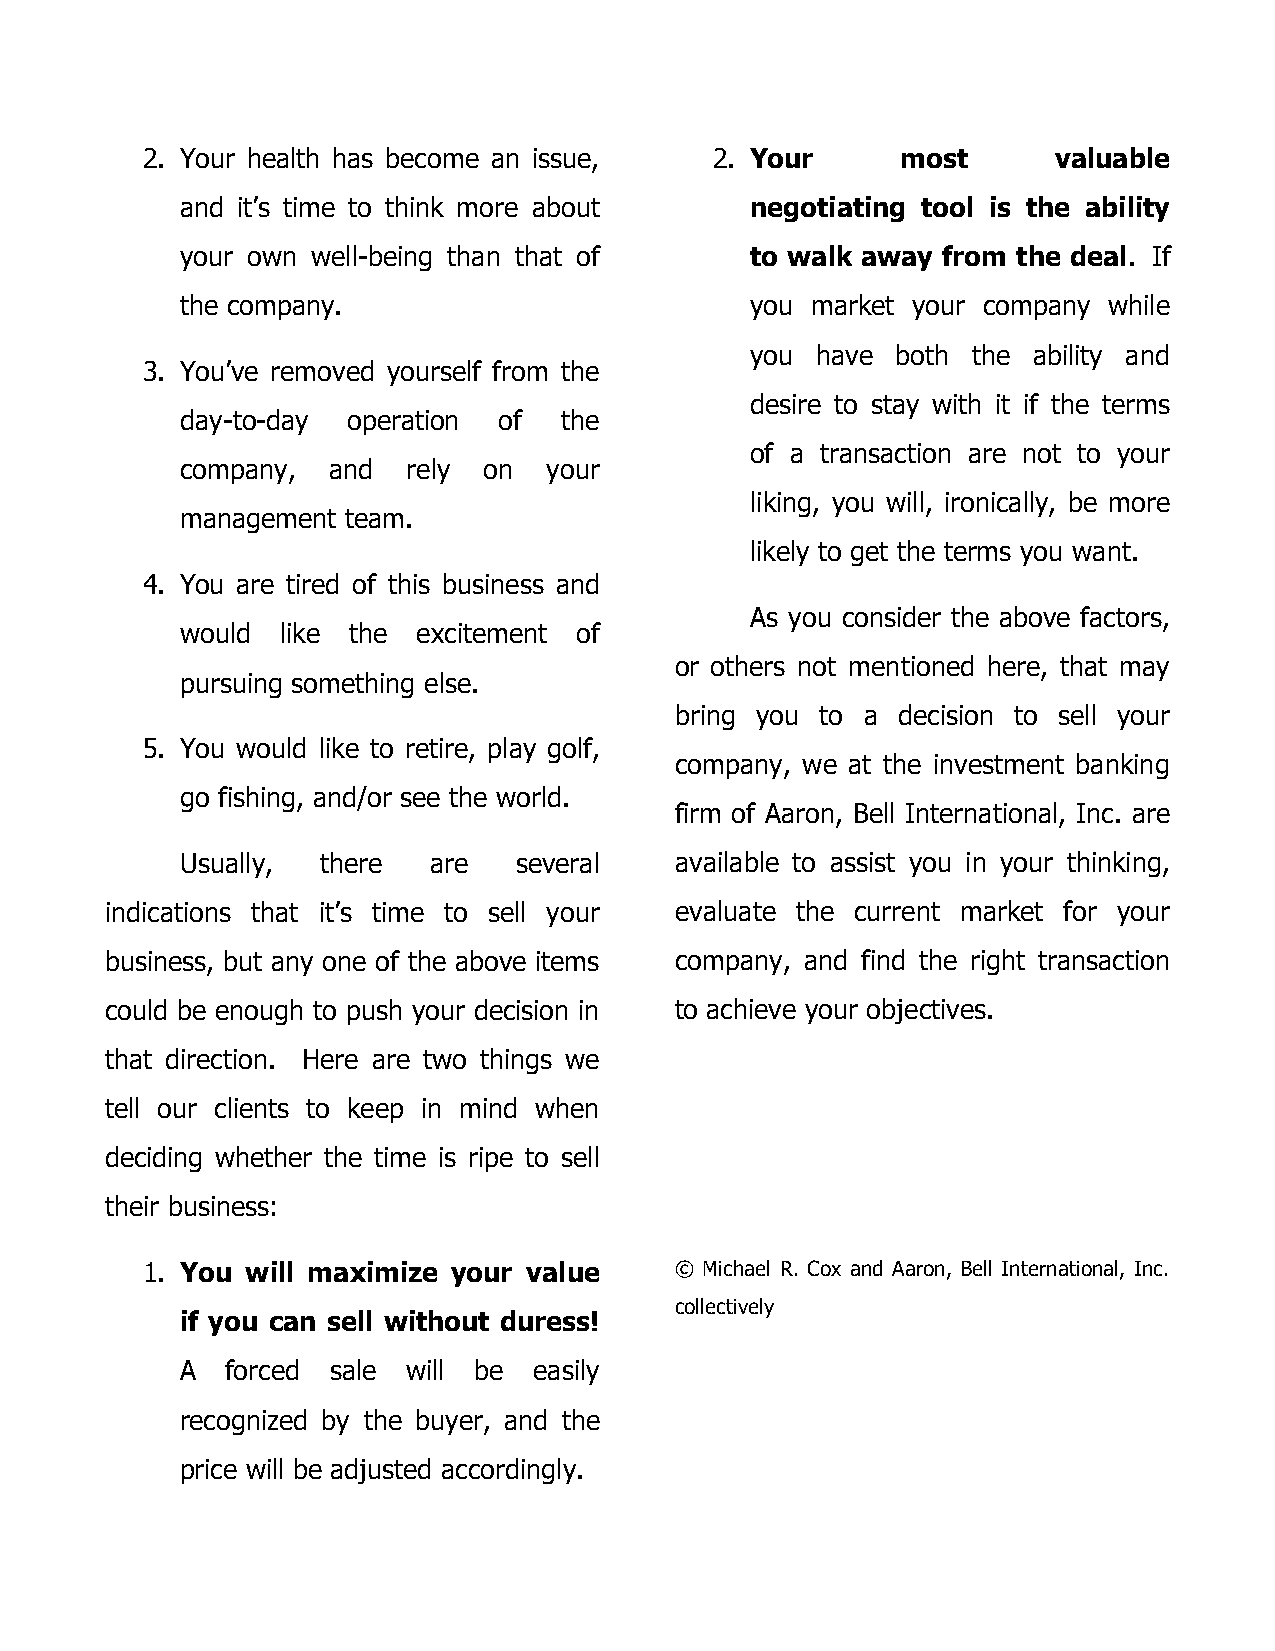
2. Your health has become an issue,   2. Your      most      valuable
 and it’s time to think more about     negotiating tool is the ability
 your own well-being than that of      to walk away from the deal. If
 the company.                          you market your company while
 you have both the ability and
 3. You’ve removed yourself from the
 desire to stay with it if the terms
 day-to-day operation of  the
 of a transaction are not to your
 company,  and  rely on  your
 liking, you will, ironically, be more
 management team.
 likely to get the terms you want.
 4. You are tired of this business and
 As you consider the above factors,
 would  like the excitement of
 or others not mentioned here, that may
 pursuing something else.
 bring you to a decision to sell your
 5. You would like to retire, play golf,
 company, we at the investment banking
 go fishing, and/or see the world.
 firm of Aaron, Bell International, Inc. are
 Usually, there  are   several    available to assist you in your thinking,
 indications that it’s time to sell your evaluate the current market for your
 business, but any one of the above items company, and find the right transaction
 could be enough to push your decision in to achieve your objectives.
 that direction. Here are two things we
 tell our clients to keep in mind when
 deciding whether the time is ripe to sell
 their business:
 1. You will maximize your value     © Michael R. Cox and Aaron, Bell International, Inc.
 collectively
 if you can sell without duress!
 A  forced sale will be easily
 recognized by the buyer, and the
 price will be adjusted accordingly.